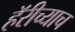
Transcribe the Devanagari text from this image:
हॅरीच्याच